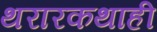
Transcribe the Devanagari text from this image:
थरारकथाही